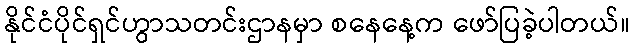
နိုင်ငံပိုင်ရှင်ဟွာသတင်းဌာနမှာ စနေနေ့က ဖော်ပြခဲ့ပါတယ်။